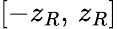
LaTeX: [-z_{R},\, z_{R}]